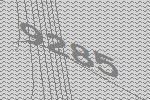
9285